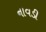
નાવડી